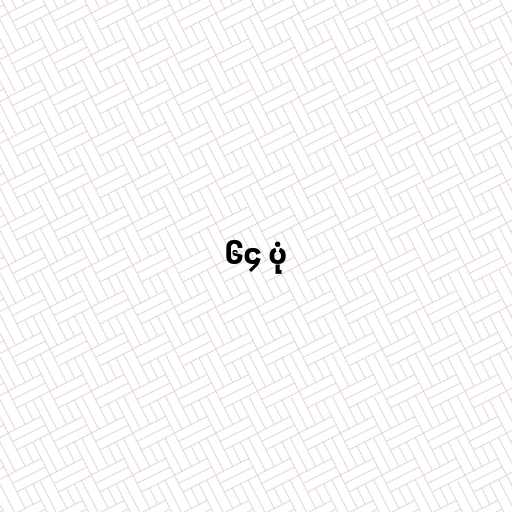
၆၄ ပုံ